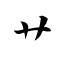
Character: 艹